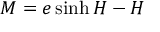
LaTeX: M = e \sinh H - H